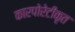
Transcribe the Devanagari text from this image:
कारपोरेटीकृत